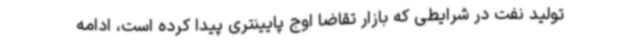
تولید نفت در شرایطی که بازار تقاضا اوج پایینتری پیدا کرده است، ادامه